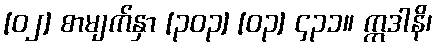
[၀၂] စာမျက်နှာ [၃၀၃] [၀၃] ၄၃၁။ ဣဒါနိ၊